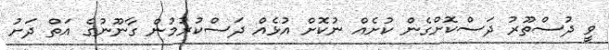
ވީ ދުސްތޫރު ދަސްކޮށްގެން ކުށެއް ނުކޮށް އުޅެއް ދަސްކުރުމުން ގާނޫނުގެ އަތް ދަށު